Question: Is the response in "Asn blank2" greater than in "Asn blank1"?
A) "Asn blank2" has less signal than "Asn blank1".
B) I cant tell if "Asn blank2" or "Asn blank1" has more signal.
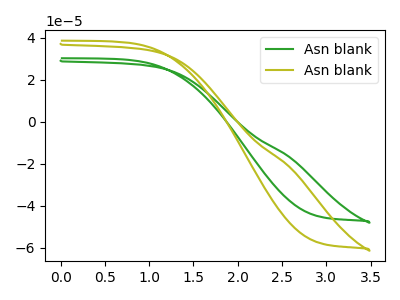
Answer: <think>The green curve "Asn blank1" has no peaks. The olive curve "Asn blank2" has no peaks.
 Neither "Asn blank2" or "Asn blank1" have any peaks.</think>
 <answer>B) I cant tell if "Asn blank2" or "Asn blank1" has more signal.</answer>
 <eval>B</eval>